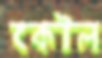
কৌল